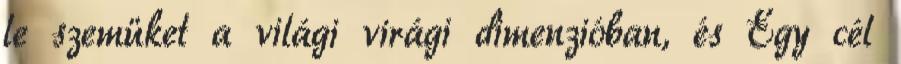
le szemüket a világi virági dimenzióban, és Egy cél